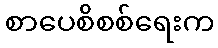
စာပေစိစစ်ရေးက